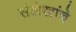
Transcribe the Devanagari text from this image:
संलेखांचे